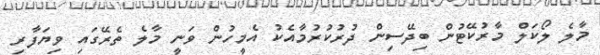
މާލެ ލޯކަލް މާރުކޭޓުން ބިދޭސިން ދުރުކުރުމާއެކު އެމީހުން ވަނީ މާލެ ތެރޭގައި ވިޔަފާރި